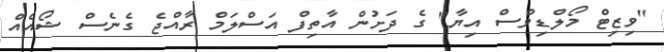
"ވިޒިޓް މޯލްޑިވްސް އިޔާ" ގެ ދަށުން އާތިފް އަސްލަމް ރާއްޖެ ގެނެސް ޝޯއެއް